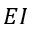
E I